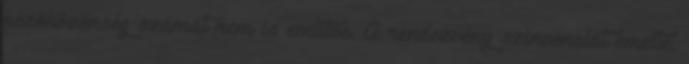
nézõközönség számát nem is említve. A rendezvény színvonalát emelte,